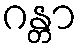
ဂန္တာ